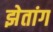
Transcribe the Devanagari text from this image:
झेतांग